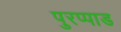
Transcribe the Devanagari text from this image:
पुरप्पाड